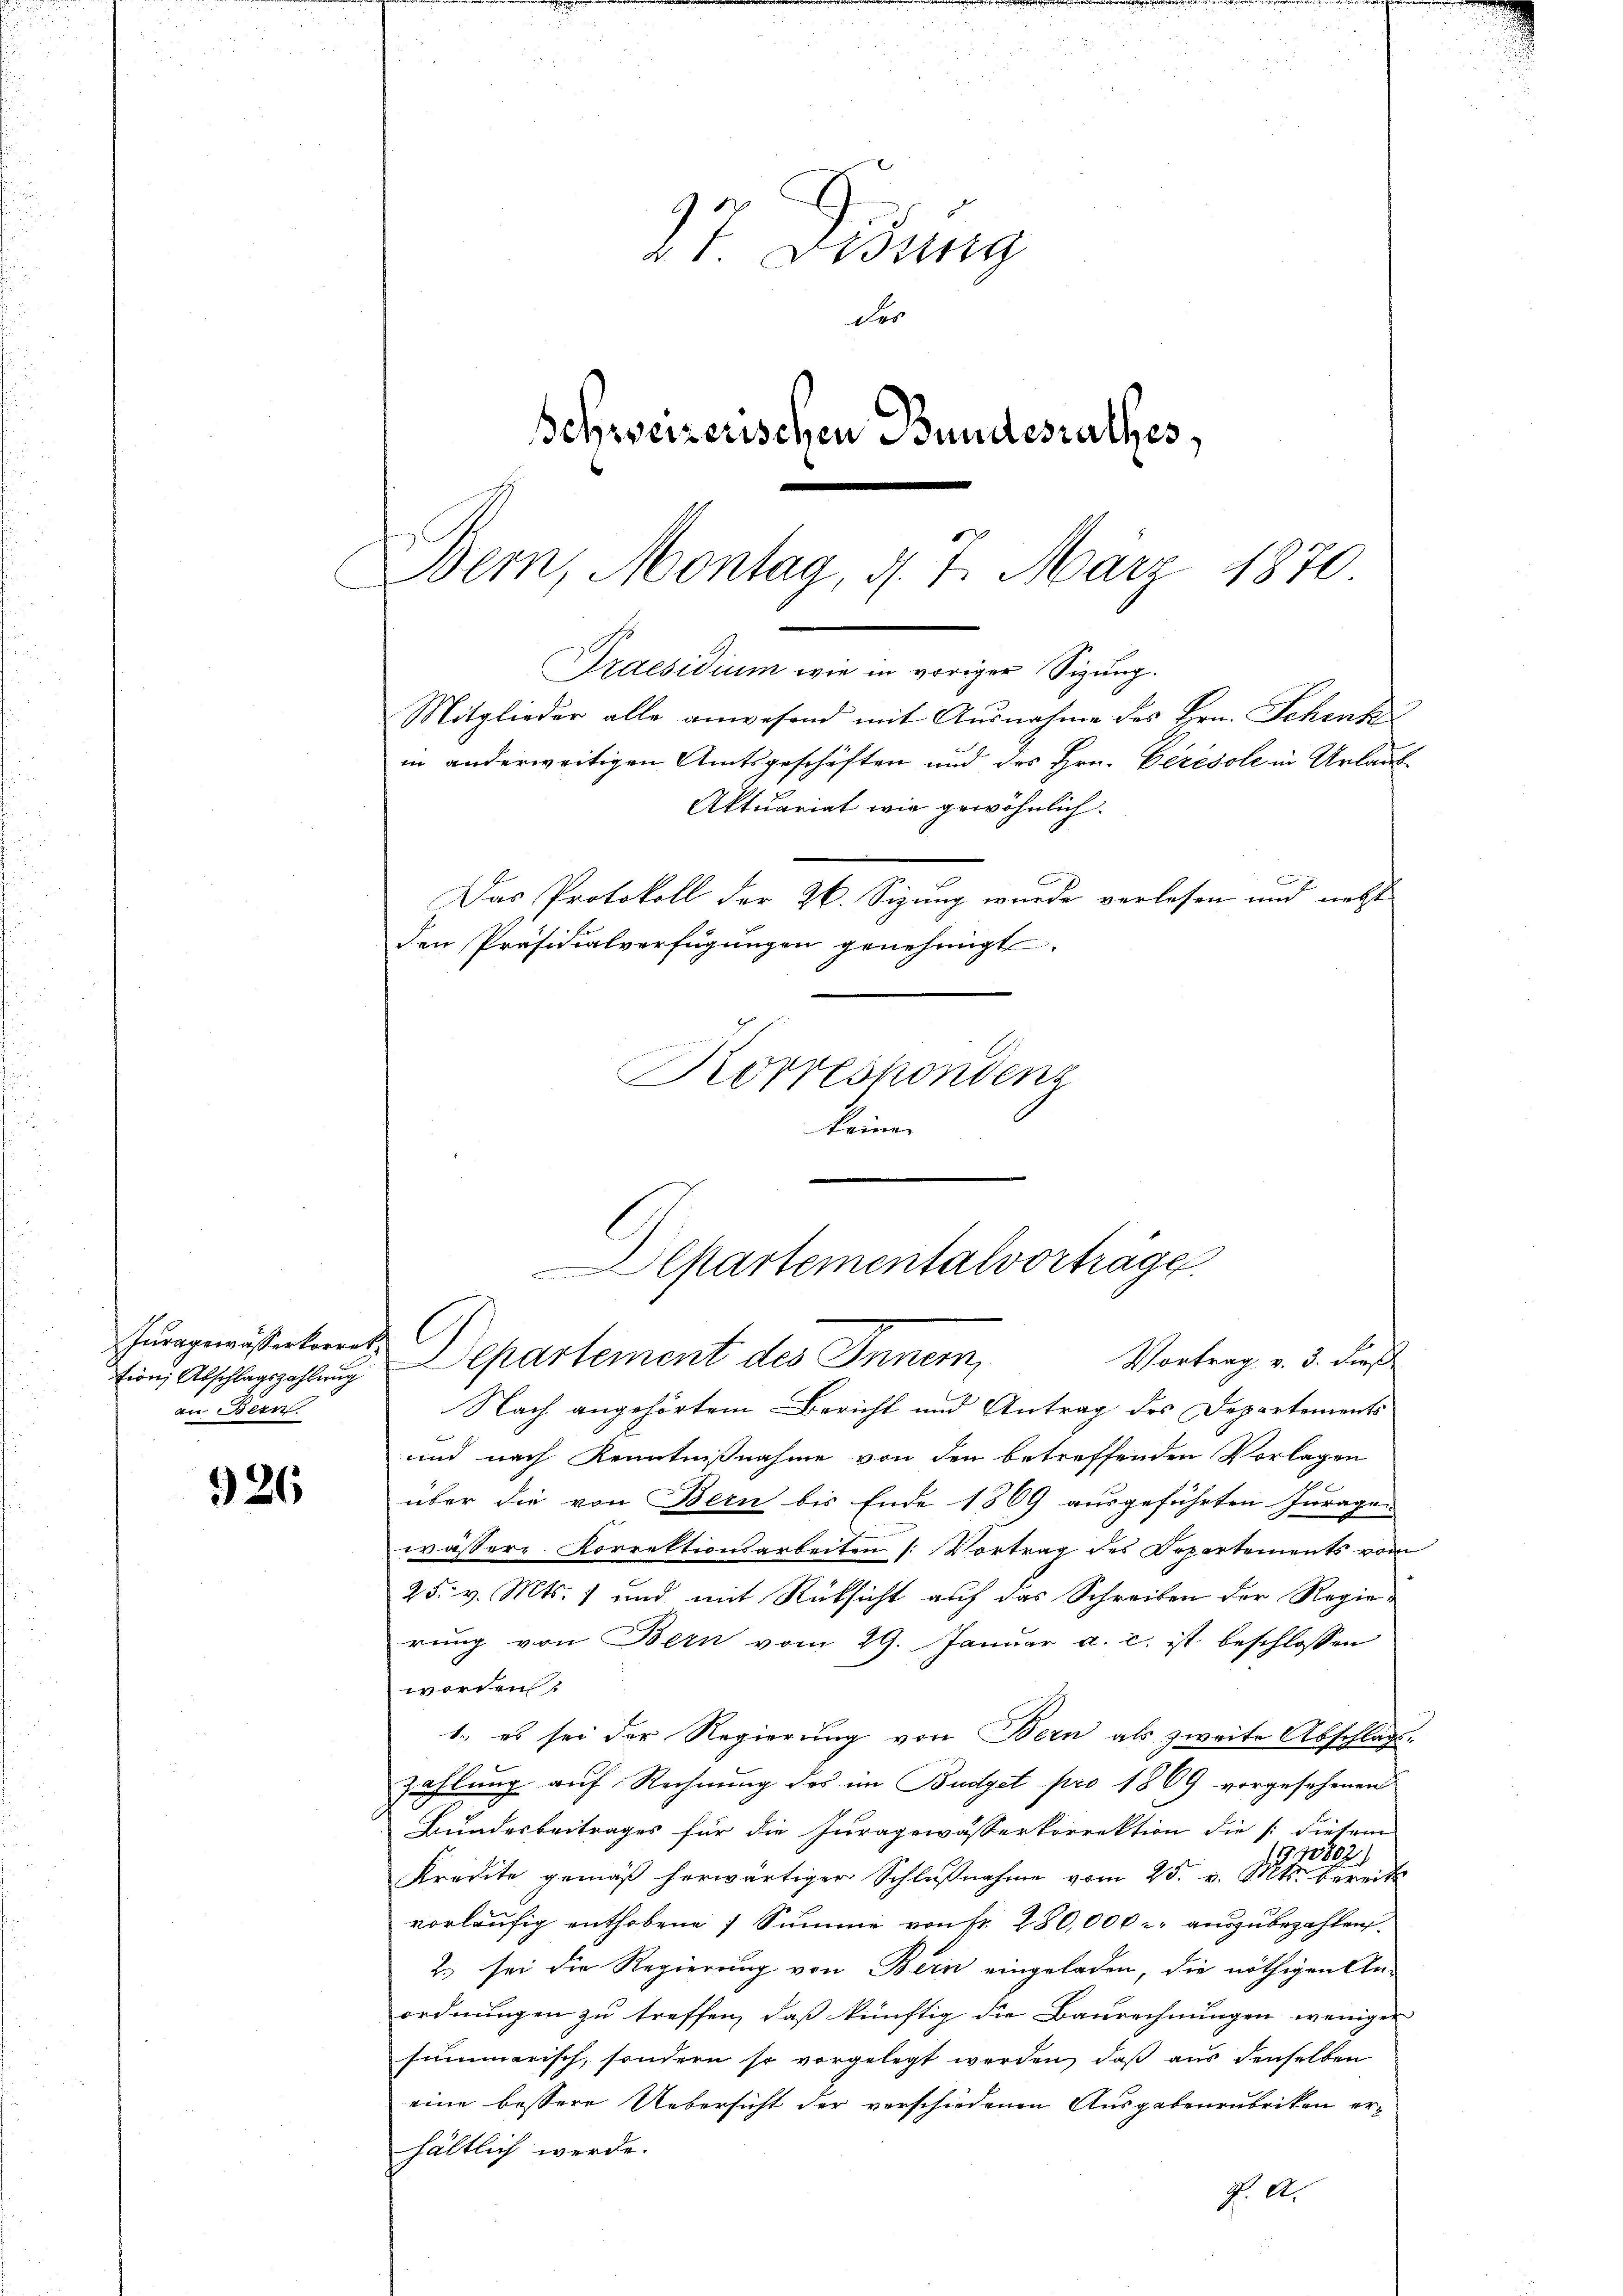
326

Juragewasserkorrekan Bern

Aktuariat wie gewöhnlich.
Das Protokoll der 26. Sizung wurde verlesen und nebst
den Präsidialverfügungen genehmigt.
Korrespondenz
keine
Nach angehörtem Bericht und Antrag des Departements
und nach Kenntnißnahme von den betreffenden Vorlagen
über die von Bern bis Ende 1869 ausgeführten Juragen
wässere Korrektionsarbeiten (: Vortrag des Departements vom
25. v. Mts. und mit Rücksicht auf das Schreiben der Regierŭng von Bern vom 29. Janŭar a. c. ist beschlossen
worden.
1. es sei der Regierung von Bern als zweite Abschlags-
zahlung auf Rechnung des im Budget pro 1869 vorgesehenen
Bundesbeitrages für die Juragewässerkorrektion die [diesem
11802.
Kredite gemäβ herwärtiger Schlŭβnahme vom 25. v. Mts. bereits
vorläufig enthobene Summe von Fr. 280,000 auszubezahlen.
2. sei die Regierung von Bern eingeladen, die nöthigen An-
ordnungen zu treffen, daß künftig die Baurechnungen weniger
summerisch, sondern so vorgelegt werden, daβ aŭs denselben
eine bessere Uebersicht der verschiedenen Ausgabenrubriken erhältlich werde.
P. A.

27. Didung
der
Schreizerischen Bundesrathes,

Bem, Montag, d. 7. März 1870
Praesidium wie in voriger Sizung.
Mitglieder alle anwesend mit Ausnahme des Hrn. Schenk
in anderweitigen Amtsgeschäften und des Hrn. Ceresole in Urlaub

Departementalvorträge
C
Vortrag v. 3. dies
Ein Abschlagszahlung Departement des Innern,